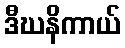
ဒီဃနိကာယ်